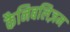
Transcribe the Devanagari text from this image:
कैनिबलिज़म